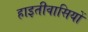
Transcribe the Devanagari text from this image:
हाइतीवासियों